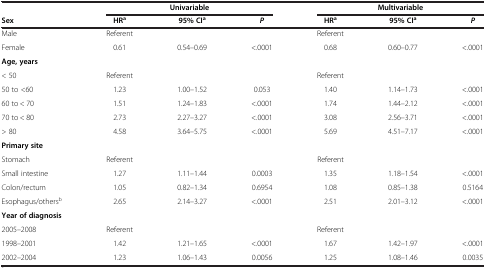
|  | <COLSPAN=3> Univariable | <COLSPAN=3> Multivariable |
 | Sex | HRa | 95% CIa | P | HRa | 95% CIa | P |
 | --- | --- | --- | --- | --- | --- | --- |
 | Male | Referent |  |  | Referent |  |  |
 | Female | 0.61 | 0.54–0.69 | <.0001 | 0.68 | 0.60–0.77 | <.0001 |
 | Age, years |  |  |  |  |  |  |
 | < 50 | Referent |  |  | Referent |  |  |
 | 50 to <60 | 1.23 | 1.00–1.52 | 0.053 | 1.40 | 1.14–1.73 | <.0001 |
 | 60 to < 70 | 1.51 | 1.24–1.83 | <.0001 | 1.74 | 1.44–2.12 | <.0001 |
 | 70 to < 80 | 2.73 | 2.27–3.27 | <.0001 | 3.08 | 2.56–3.71 | <.0001 |
 | > 80 | 4.58 | 3.64–5.75 | <.0001 | 5.69 | 4.51–7.17 | <.0001 |
 | Primary site |  |  |  |  |  |  |
 | Stomach | Referent |  |  | Referent |  |  |
 | Small intestine | 1.27 | 1.11–1.44 | 0.0003 | 1.35 | 1.18–1.54 | <.0001 |
 | Colon/rectum | 1.05 | 0.82–1.34 | 0.6954 | 1.08 | 0.85–1.38 | 0.5164 |
 | Esophagus/othersb | 2.65 | 2.14–3.27 | <.0001 | 2.51 | 2.01–3.12 | <.0001 |
 | Year of diagnosis |  |  |  |  |  |  |
 | 2005–2008 | Referent |  |  | Referent |  |  |
 | 1998–2001 | 1.42 | 1.21–1.65 | <.0001 | 1.67 | 1.42–1.97 | <.0001 |
 | 2002–2004 | 1.23 | 1.06–1.43 | 0.0056 | 1.25 | 1.08–1.46 | 0.0035 |